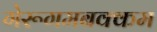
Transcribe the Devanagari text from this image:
गेरूगमबक्कम